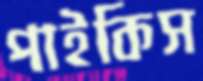
পাইকিস